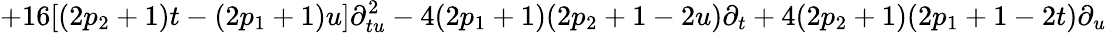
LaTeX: +16[(2p_{2}+1)t-(2p_{1}+1)u]\partial_{tu}^{2}-4(2p_{1}+1)(2p_{2}+1-2u)\partial_{t}+4(2p_{2}+1)(2p_{1}+1-2t)\partial_{u}